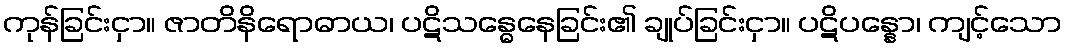
ကုန်ခြင်းငှာ။ ဇာတိနိရောဓာယ၊ ပဋိသန္ဓေနေခြင်း၏ ချုပ်ခြင်းငှာ။ ပဋိပန္နော၊ ကျင့်သော